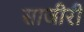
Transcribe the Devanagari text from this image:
साजीरी